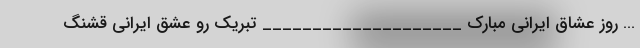
… روز عشاق ایرانی مبارک ____________________ تبریک رو عشق ایرانی قشنگ